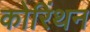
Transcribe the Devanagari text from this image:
कोरिंथन